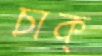
চাক্